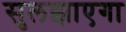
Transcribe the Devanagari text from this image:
सुलझाएगा